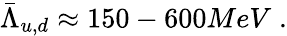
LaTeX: \bar{\Lambda}_{u,d}\approx 150-600MeV\; .